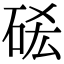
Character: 𥒣